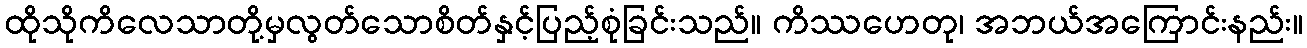
ထိုသိုကိလေသာတို့မှလွတ်သောစိတ်နှင့်ပြည့်စုံခြင်းသည်။ ကိဿဟေတု၊ အဘယ်အကြောင်းနည်း။